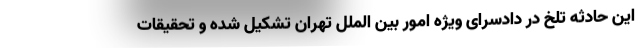
این حادثه تلخ در دادسرای ویژه امور بین الملل تهران تشکیل شده و تحقیقات